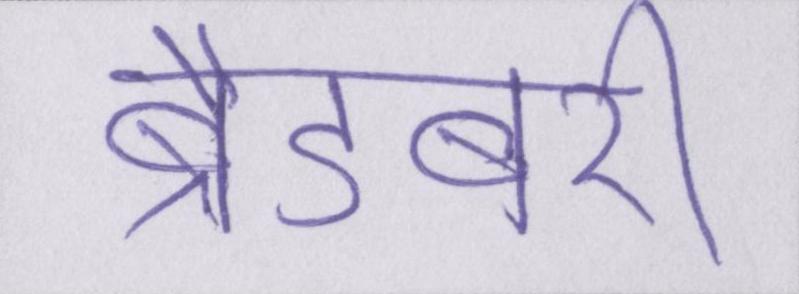
ब्रैडबरी